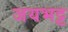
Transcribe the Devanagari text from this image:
जयभट्ट